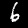
Label: 6